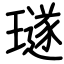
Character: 璲